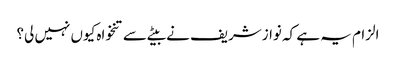
الزام یہ ہے کہ نوازشریف نے بیٹے سے تنخواہ کیوں نہیں لی؟